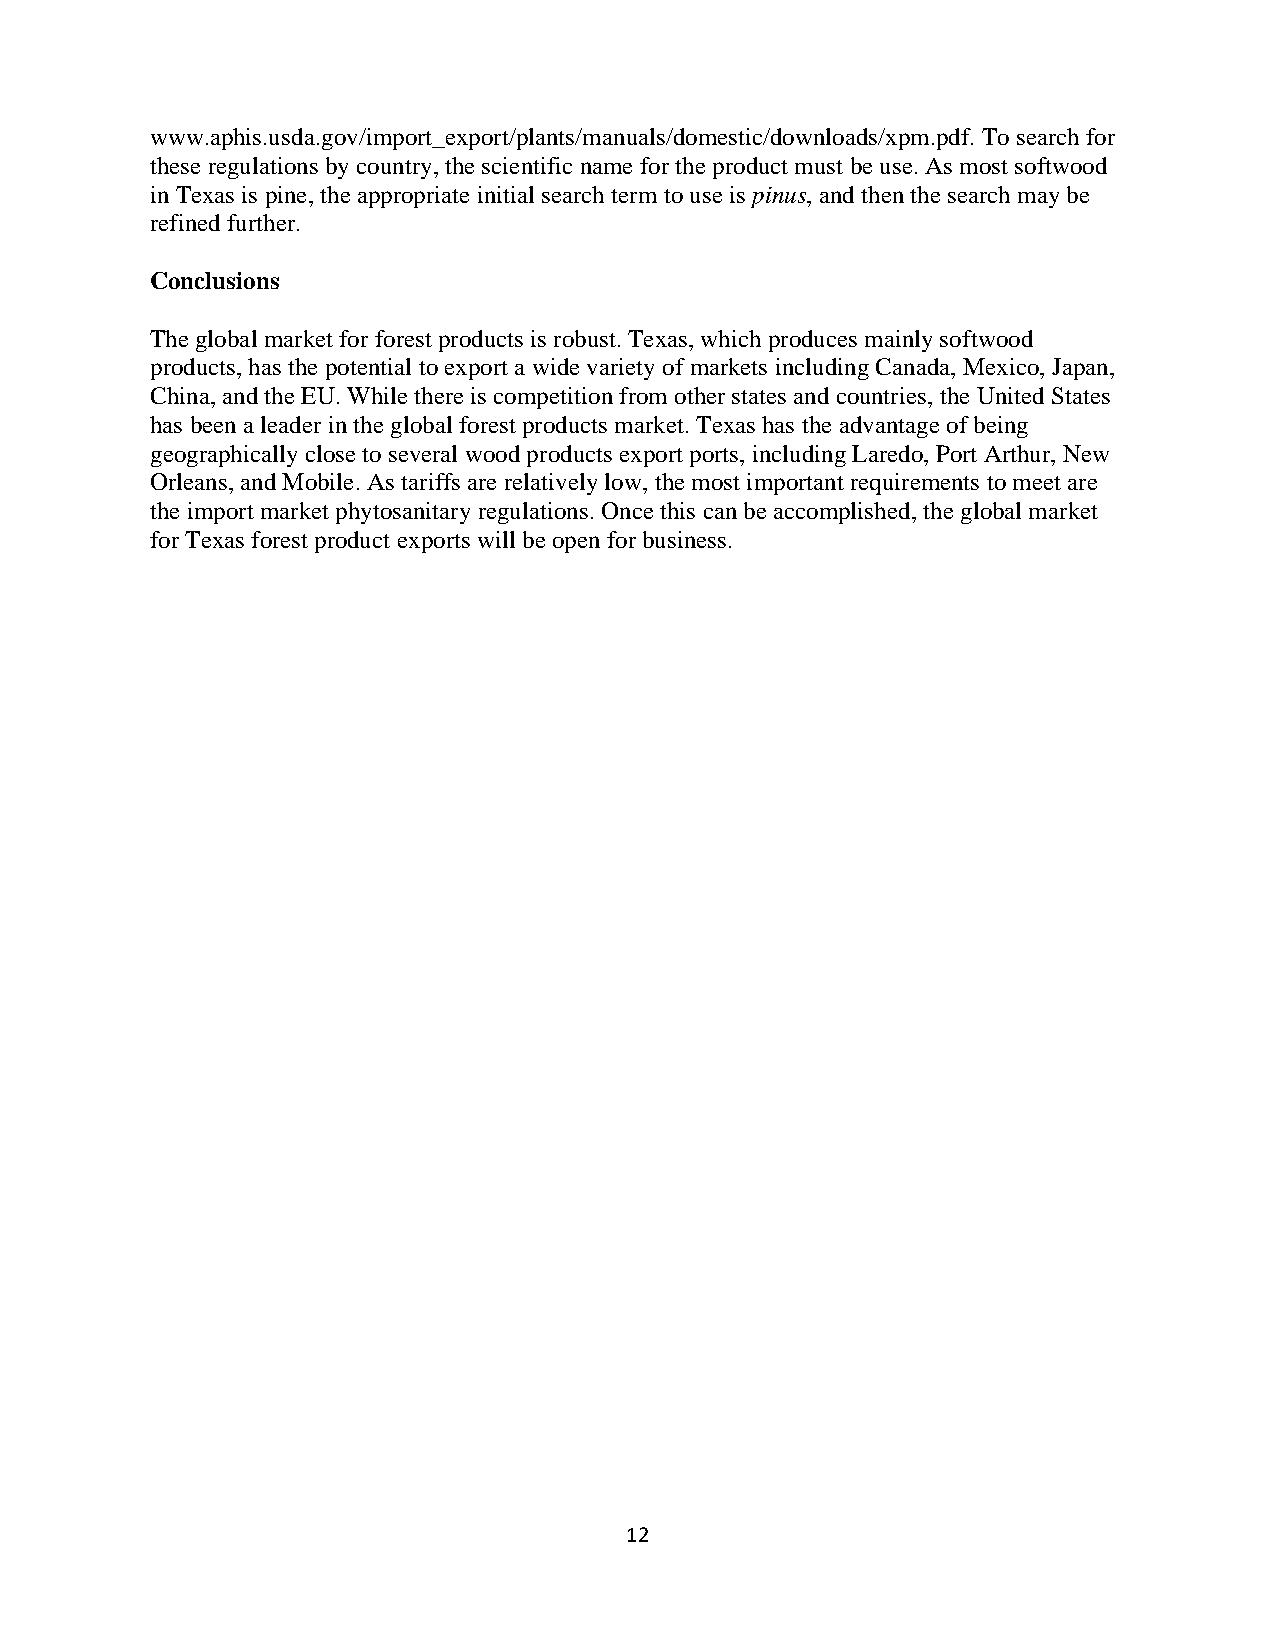
www.aphis.usda.gov/import_export/plants/manuals/domestic/downloads/xpm.pdf. To search for
 these regulations by country, the scientific name for the product must be use. As most softwood
 in Texas is pine, the appropriate initial search term to use is pinus, and then the search may be
 refined further.
 Conclusions
 The global market for forest products is robust. Texas, which produces mainly softwood
 products, has the potential to export a wide variety of markets including Canada, Mexico, Japan,
 China, and the EU. While there is competition from other states and countries, the United States
 has been a leader in the global forest products market. Texas has the advantage of being
 geographically close to several wood products export ports, including Laredo, Port Arthur, New
 Orleans, and Mobile. As tariffs are relatively low, the most important requirements to meet are
 the import market phytosanitary regulations. Once this can be accomplished, the global market
 for Texas forest product exports will be open for business.
 12